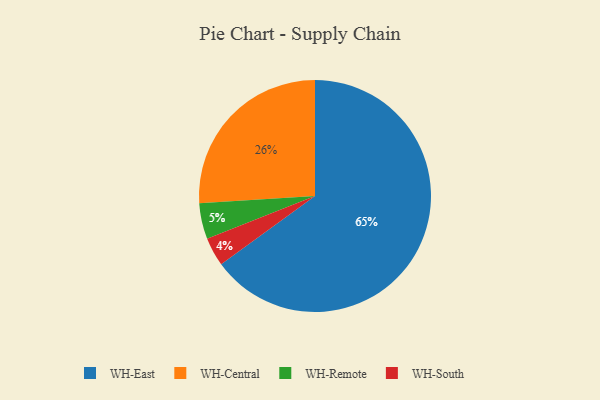
{"axis": {"x": "Category", "y": "Percentage"}, "legend": ["WH-Central", "WH-East", "WH-Remote", "WH-South"], "data": [{"x": "WH-South", "y": 4, "type": "WH-South"}, {"x": "WH-Remote", "y": 5, "type": "WH-Remote"}, {"x": "WH-Central", "y": 26, "type": "WH-Central"}, {"x": "WH-East", "y": 65, "type": "WH-East"}]}